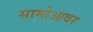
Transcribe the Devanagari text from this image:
सामोआवर